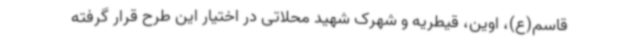
قاسم(ع)، اوین، قیطریه و شهرک شهید محلاتی در اختیار این طرح قرار گرفته